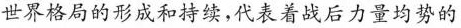
世界格局的形成和持续，代表着战后力量均势的